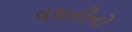
વસતીનો